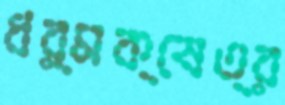
ধর্মক্ষেত্র